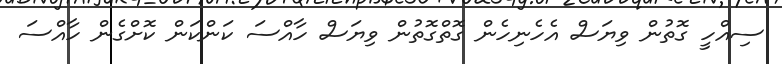
ސިއްހީ ގޮތުން ވިޔަސް އެހެނިހެން ގޮތްގޮތުން ވިޔަސް ހާއްސަ ކަންކަން ކޮށްގެން ހާއްސަ